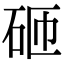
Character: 砸